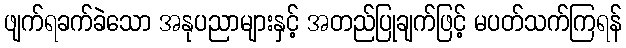
ဖျက်ရခက်ခဲသော အနုပညာများနှင့် အတည်ပြုချက်ဖြင့် မပတ်သက်ကြရန်